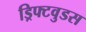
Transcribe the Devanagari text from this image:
ड्रिफ्टवुडस